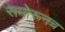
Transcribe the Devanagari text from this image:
समोरूनच